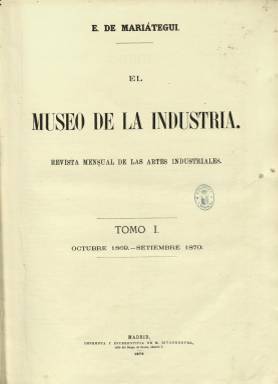
Título: El Museo de la industria
Colección: Industria
Ámbito geográfico: Madrid
Lugar de publicación: Madrid
Fechas: 01/10/1869-31/05/1873

Con el subtítulo “revista mensual de las artes industriales”, que después modificará a “bellas artes industriales”, comienza a publicarse en octubre de 1869, siendo su propietario y director el escritor, científico e ingeniero militar Eduardo de Mariátegui y Martín (1835-1880). Sus entregas son de 16 páginas, compuestas a dos columnas, que salían de la Imprenta y Estereotipia de M. Rivadeneyra, resaltando el gran número de ilustraciones que inserta, además de un pliego suelto, grabado por ambos lados y conteniendo plantillas, de tamaño natural, de los modelos insertos en el texto.

Se consideraba “indispensable para todas las artes y oficios, verdadera enciclopedia artístico-industrial, cuyo exclusivo objeto es popularizar y difundir el buen gusto entre aficionados e industriales”, para el florecimiento comercial. Para ello ofrecerá grabados, con noticias descriptivas y modelos de objetos pertenecientes a las artes del carpintero, herrero y cerrajero, escultor, adornista, pintor y dorador, etc. Asimismo, ofrecerá alguna Crónica artística y artículos sobre la Exposición Internacional de Londres de 1871 o la Exposición Universal de Viena de 1873, bajo los cuales aparecerán, entre otras firmas, las de W. Baeumer y J. Falke; y tendrá una sección de Variedades.

Sus bellos grabados son figuras y alzados y plantas de objetos y adornos varios para decoración y ornamentación, entre los que se encuentran orlas, cenefas de tapicería, bajorrelieves, pilastras, capiteles, verjas de hierro, balconadas, cristalería (vasos, lámparas y arañas), mobiliario (mesas, sillas, aparadores, armarios, perchas, llamadores, estufas, jardinerías, etc.). Otros grabados son proyectos para despachos de billetes de estaciones de ferrocarril o para pabellones. Indicará asimismo los nombres de los fabricantes, talleres o arquitectos, que, en su mayor parte son alemanes, ingleses o franceses.

Con numeración y paginación continuada anual, la colección de este título en la Biblioteca Nacional de España (BNE) la forman sus tres primeros tomos (de octubre a septiembre de cada año), con sus correspondientes índices cada uno,  y los ocho primeros números del cuarto tomo, correspondiendo el último a mayo de 1873, año este en el que dejó de publicarse. La colección de la Hemeroteca Digital de la BNE contiene también el Almanaque de El Museo de la industria que editó para 1871, 1872 y 1873.